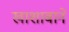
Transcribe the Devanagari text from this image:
खाशाबाने